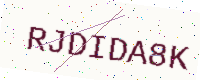
Text: RJDIDA8K